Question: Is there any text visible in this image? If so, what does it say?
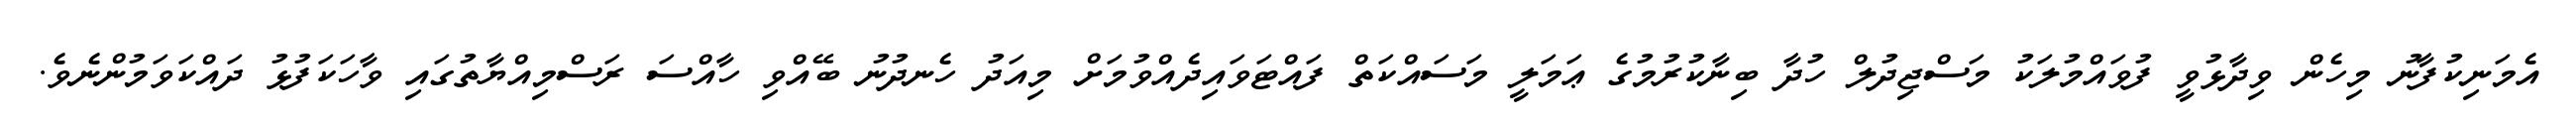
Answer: އެމަނިކުފާނު މިހެން ވިދާޅުވީ ފުވައްމުލަކު މަސްޖިދުލް ހުދާ ބިނާކުރުމުގެ ޢަމަލީ މަސައްކަތް ފައްޓަވައިދެއްވުމަށް މިއަދު ހެނދުނު ބޭއްވި ހާއްސަ ރަސްމިއްޔާތުގައި ވާހަކަފުޅު ދައްކަވަމުންނެވެ.